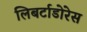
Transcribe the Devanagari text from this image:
लिबर्टाडोरेस